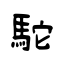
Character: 駝